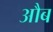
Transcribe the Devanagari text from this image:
औब